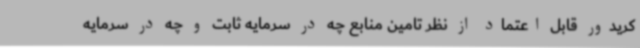
کریدور قابل اعتماد از نظر تامین منابع چه در سرمایه ثابت و چه در سرمایه